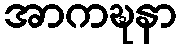
အာကဍ္ဎနာ